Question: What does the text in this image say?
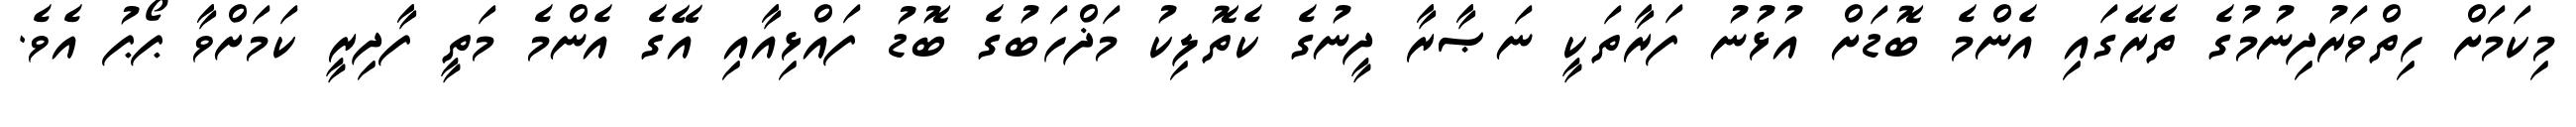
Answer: މިކަމަށް ހިތްވަރުދިނުމުގެ ތެރޭގައި އެންމެ ބޮޑަށް އުޅުނު ފަރާތަކީ ނަޞާރާ ދީނުގެ ކެތޮލިކު މަޛްހަބުގެ ބޮޑު ފައްޅިއާއި އޭގެ އެންމެ މަތީ ފާދިރީ ކަމަށްވާ ޕޯޕު އެވެ.